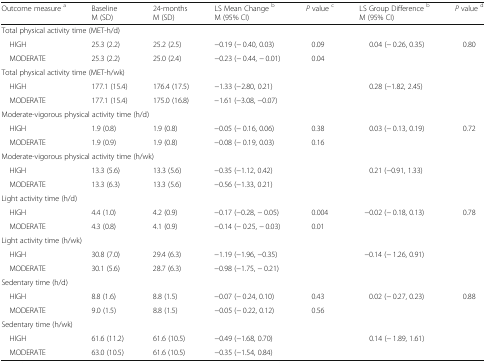
<table><thead><tr><td><b>Outcome measure <sup>a</sup></b></td><td><b>BaselineM (SD)</b></td><td><b>24-monthsM (SD)</b></td><td><b>LS Mean Change <sup>b</sup>M (95% CI)</b></td><td><b><i>P</i> value <sup>c</sup></b></td><td><b>LS Group Difference <sup>b</sup>M (95% CI)</b></td><td><b><i>P</i> value <sup>d</sup></b></td></tr></thead><tbody><tr><td colspan="7">Total physical activity time (MET-h/d)</td></tr><tr><td> HIGH</td><td>25.3 (2.2)</td><td>25.2 (2.5)</td><td>−0.19 (− 0.40, 0.03)</td><td>0.09</td><td>0.04 (− 0.26, 0.35)</td><td>0.80</td></tr><tr><td> MODERATE</td><td>25.3 (2.2)</td><td>25.0 (2.4)</td><td>−0.23 (− 0.44, − 0.01)</td><td>0.04</td><td></td><td></td></tr><tr><td colspan="7">Total physical activity time (MET-h/wk)</td></tr><tr><td> HIGH</td><td>177.1 (15.4)</td><td>176.4 (17.5)</td><td>−1.33 (−2.80, 0.21)</td><td></td><td>0.28 (−1.82, 2.45)</td><td></td></tr><tr><td> MODERATE</td><td>177.1 (15.4)</td><td>175.0 (16.8)</td><td>−1.61 (−3.08, −0.07)</td><td></td><td></td><td></td></tr><tr><td colspan="7">Moderate-vigorous physical activity time (h/d)</td></tr><tr><td> HIGH</td><td>1.9 (0.8)</td><td>1.9 (0.8)</td><td>−0.05 (− 0.16, 0.06)</td><td>0.38</td><td>0.03 (− 0.13, 0.19)</td><td>0.72</td></tr><tr><td> MODERATE</td><td>1.9 (0.9)</td><td>1.9 (0.8)</td><td>−0.08 (− 0.19, 0.03)</td><td>0.16</td><td></td><td></td></tr><tr><td colspan="7">Moderate-vigorous physical activity time (h/wk)</td></tr><tr><td> HIGH</td><td>13.3 (5.6)</td><td>13.3 (5.6)</td><td>−0.35 (−1.12, 0.42)</td><td></td><td>0.21 (−0.91, 1.33)</td><td></td></tr><tr><td> MODERATE</td><td>13.3 (6.3)</td><td>13.3 (5.6)</td><td>−0.56 (−1.33, 0.21)</td><td></td><td></td><td></td></tr><tr><td colspan="7">Light activity time (h/d)</td></tr><tr><td> HIGH</td><td>4.4 (1.0)</td><td>4.2 (0.9)</td><td>−0.17 (−0.28, − 0.05)</td><td>0.004</td><td>−0.02 (− 0.18, 0.13)</td><td>0.78</td></tr><tr><td> MODERATE</td><td>4.3 (0.8)</td><td>4.1 (0.9)</td><td>−0.14 (− 0.25, − 0.03)</td><td>0.01</td><td></td><td></td></tr><tr><td colspan="7">Light activity time (h/wk)</td></tr><tr><td> HIGH</td><td>30.8 (7.0)</td><td>29.4 (6.3)</td><td>−1.19 (−1.96, −0.35)</td><td></td><td>−0.14 (− 1.26, 0.91)</td><td></td></tr><tr><td> MODERATE</td><td>30.1 (5.6)</td><td>28.7 (6.3)</td><td>−0.98 (−1.75, − 0.21)</td><td></td><td></td><td></td></tr><tr><td colspan="7">Sedentary time (h/d)</td></tr><tr><td> HIGH</td><td>8.8 (1.6)</td><td>8.8 (1.5)</td><td>−0.07 (− 0.24, 0.10)</td><td>0.43</td><td>0.02 (− 0.27, 0.23)</td><td>0.88</td></tr><tr><td> MODERATE</td><td>9.0 (1.5)</td><td>8.8 (1.5)</td><td>−0.05 (− 0.22, 0.12)</td><td>0.56</td><td></td><td></td></tr><tr><td colspan="7">Sedentary time (h/wk)</td></tr><tr><td> HIGH</td><td>61.6 (11.2)</td><td>61.6 (10.5)</td><td>−0.49 (−1.68, 0.70)</td><td></td><td>0.14 (− 1.89, 1.61)</td><td></td></tr><tr><td> MODERATE</td><td>63.0 (10.5)</td><td>61.6 (10.5)</td><td>−0.35 (−1.54, 0.84)</td><td></td><td></td><td></td></tr></tbody></table>